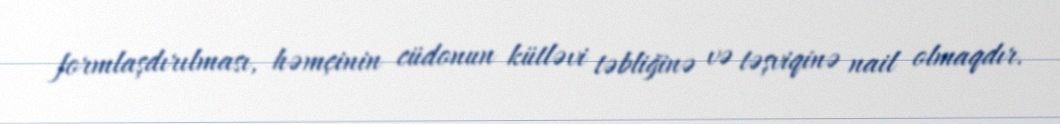
formlaşdırılması, həmçinin cüdonun kütləvi təbliğinə və təşviqinə nail olmaqdır.